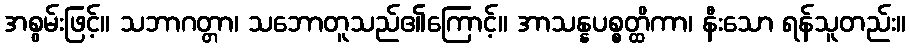
အစွမ်းဖြင့်။ သဘာဂတ္တာ၊ သဘောတူသည်၏ကြောင့်။ အာသန္နပစ္စတ္ထိကာ၊ နီးသော ရန်သူတည်း။